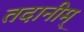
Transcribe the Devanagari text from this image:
तदानीम्